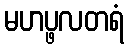
မဟပ္ဖလတရံ